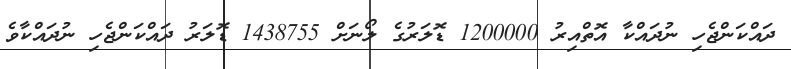
ދައްކަންޖެހި ނުދައްކާ އޮތްއިރު 1200000 ޑޮލަރުގެ ލޯނަށް 1438755 ޑޮލަރު ދައްކަންޖެހި ނުދައްކާވެ